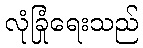
လုံခြုံရေးသည်